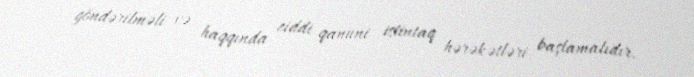
göndərilməli və haqqında ciddi qanuni istintaq hərəkətləri başlamalıdır.